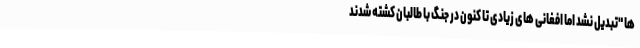
ها "تبدیل نشد اما افغانی های زیادی تا کنون در جنگ با طالبان كشته شدند